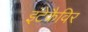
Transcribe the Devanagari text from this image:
इंटेकैविर